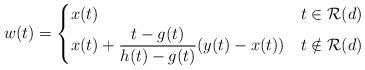
LaTeX: \begin{align*} w(t)=\begin{cases}x(t) & t \in \mathcal R(d) \\x(t) + \dfrac{t-g(t)}{h(t)-g(t)} (y(t) - x(t)) & t\notin \mathcal R(d)\end{cases}\end{align*}